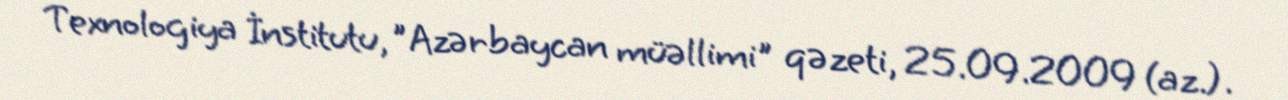
Texnologiya İnstitutu, "Azərbaycan müəllimi" qəzeti, 25.09.2009 (az.).